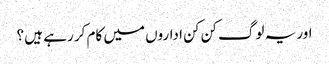
اور یہ لوگ کن کن اداروں میں کام کر رہے ہیں ؟